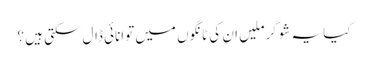
کیا یہ شوگرملیں ان کی ٹانگوں میں توانائی ڈال سکتی ہیں ؟